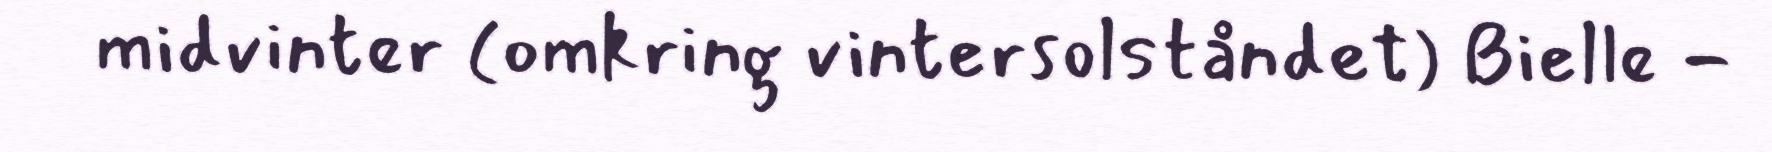
midvinter (omkring vintersolståndet) Bielle -